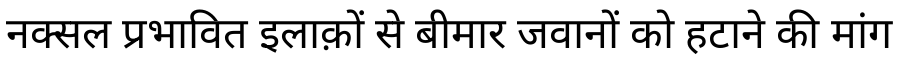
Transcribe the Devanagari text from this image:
नक्सल प्रभावित इलाक़ों से बीमार जवानों को हटाने की मांग